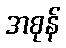
အစုန်